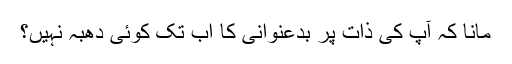
مانا کہ آپ کی ذات پر بدعنوانی کا اب تک کوئی دھبہ نہیں؟